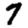
Digit: 7